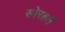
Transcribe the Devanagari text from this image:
सोरहते